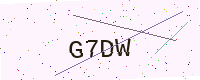
Text: G7DW